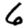
Digit: 6